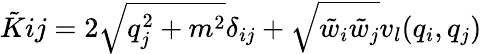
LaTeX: \tilde{K}{ij}=2\sqrt{q_{j}^{2}+m^{2}}\delta_{ij}+\sqrt{\tilde{w}_{i}\tilde{w}_{j}}v_{l}(q_{i},q_{j})